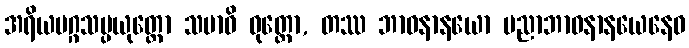
အရိယမဂ္ဂသမ္ပယုတ္တော သမာဓိ ဝုတ္တော, တဿ ဘာဝနာနယော ပညာဘာဝနာနယေနေဝ